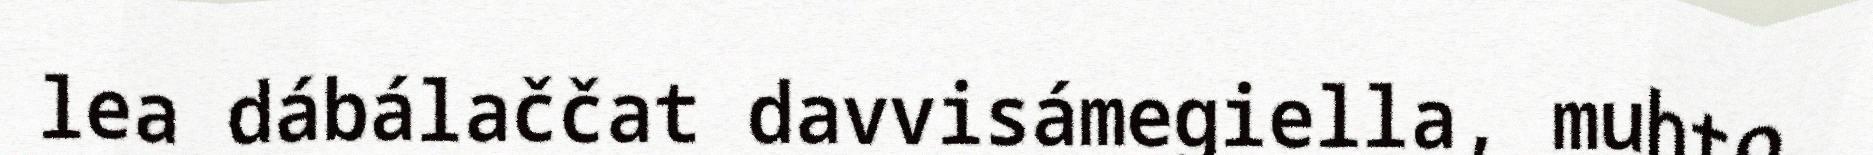
lea dábálaččat davvisámegiella, muhto